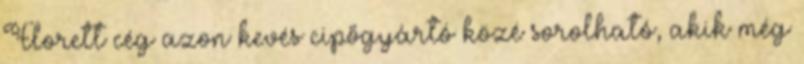
Florett cég azon kevés cipőgyártó közé sorolható, akik még